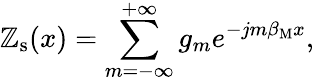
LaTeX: \mathbb{Z}_{\mathrm{{s}}}(x)=\sum_{m=-\infty}^{+\infty}g_{m}e^{-jm\beta_{\mathrm{{M}}}x},